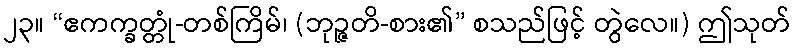
၂၃။ “ဧကက္ခတ္တုံ-တစ်ကြိမ်၊ (ဘုဉ္ဇတိ-စား၏” စသည်ဖြင့် တွဲလေ။) ဤသုတ်